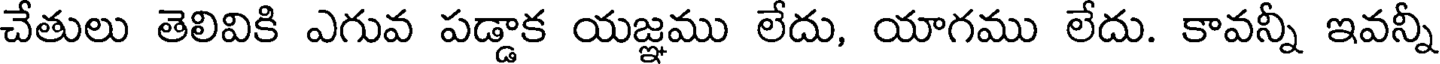
చేతులు తెలివికి ఎగువ పడ్డాక యజ్ఞము లేదు, యాగము లేదు. కావన్నీ ఇవన్నీ